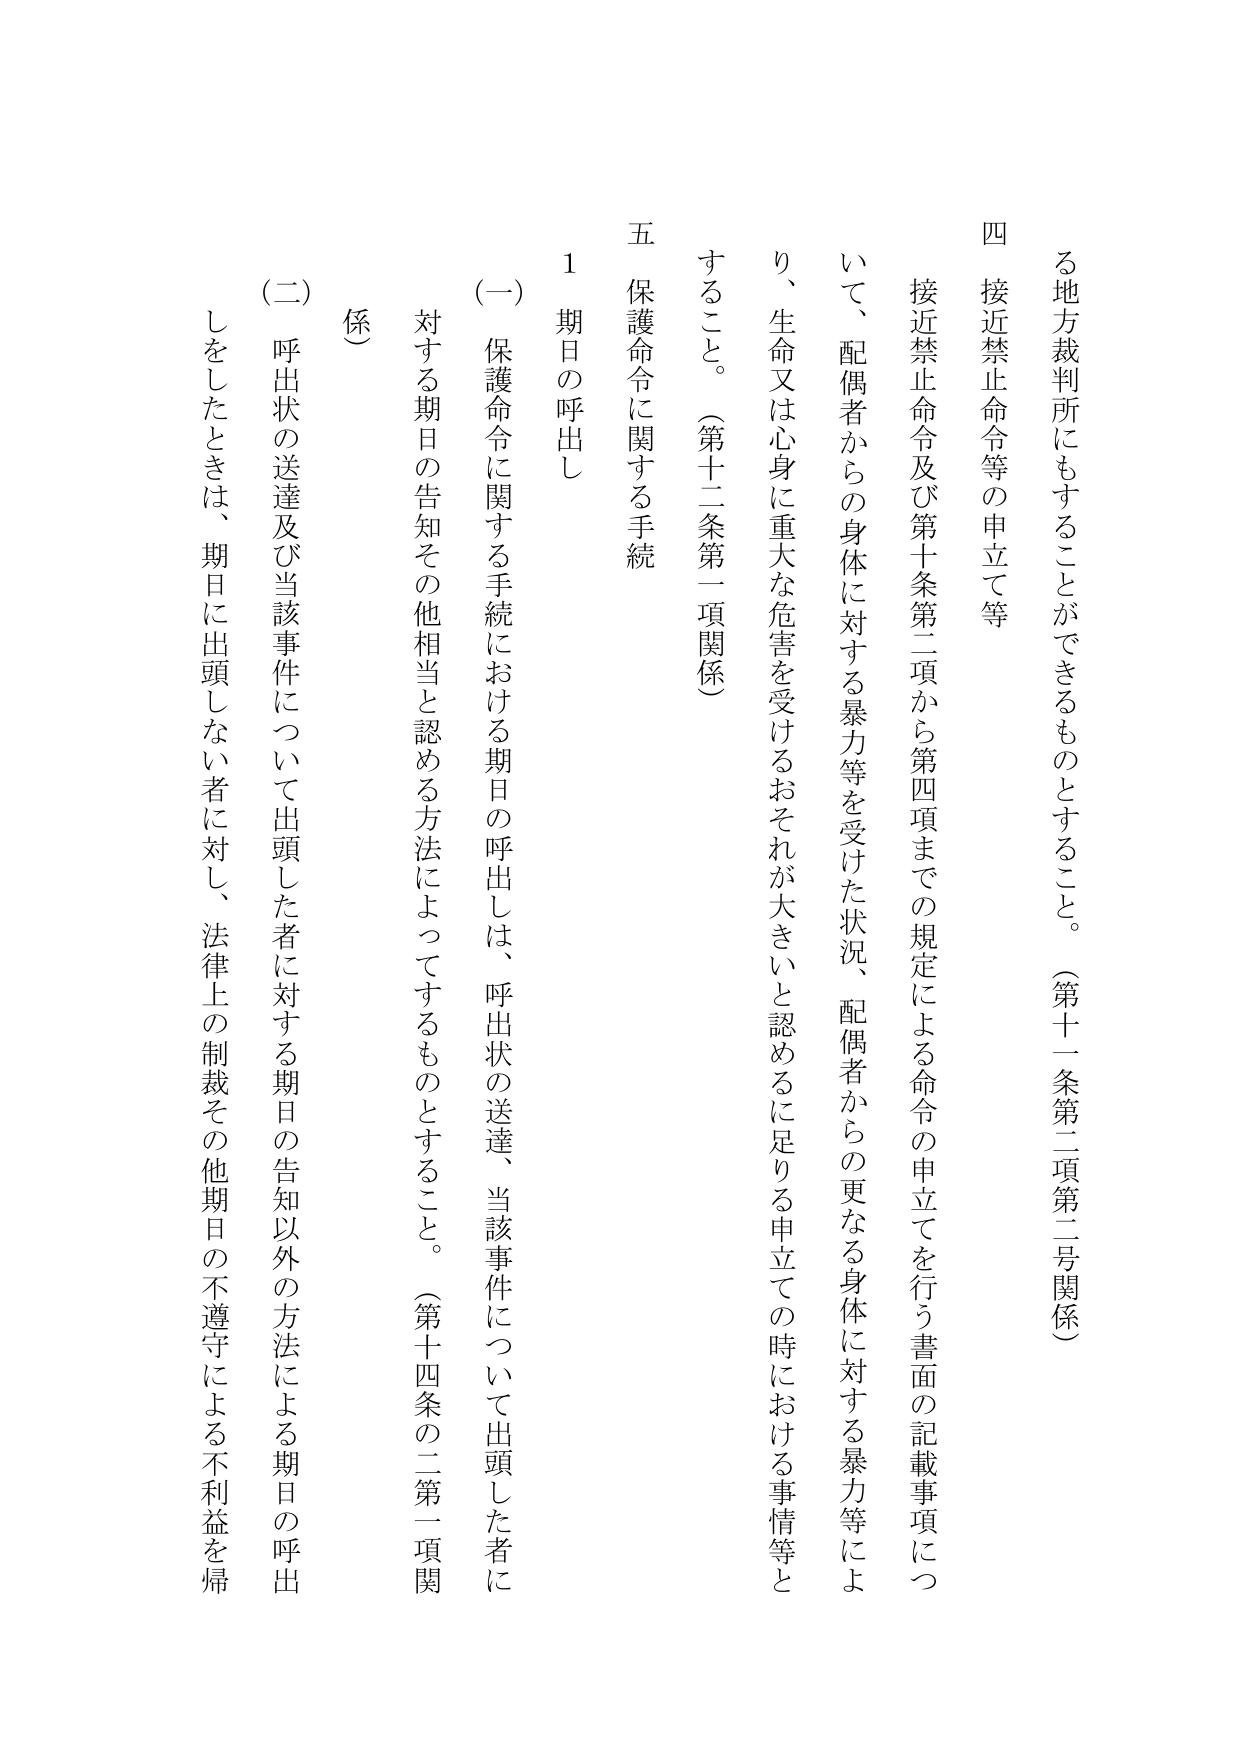
る地方裁判所に も することができるものとすること。 （第十一 条第二項第二号関係）
四 接近禁止命令等の申立て等
接近禁止命令及び第十条第二項から第四項までの規定による命令の申立てを行う書面の記載事項について、配偶者からの身体に対する暴力等を受けた状況、配偶者からの更なる身体に対する暴力等により、生命又は心身に重大な危害を受けるおそれが大きいと認めるに足りる申立ての時における事情等とすること。 （第十二条第一項関係）
五 保護命令に関する手続
1 期日の呼出し
（一） 保護命令に関する手続における期日の呼出しは、呼出状の送達、当該事件について出頭した者に対する期日の告知その他相当と認める方法によってするものとすること。 （第十四条の二第一項関係）
（二） 呼出状の送達及び当該事件について出頭した者に対する期日の告知以外の方法による期日の呼出しをしたときは、期日に出頭しない者に対し、法律上の制裁その他期日の不遵守による不利益を帰
係